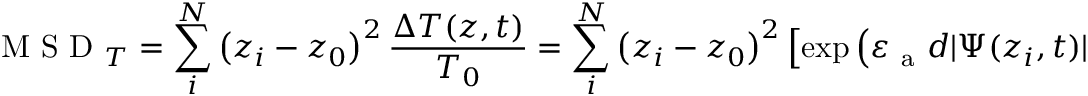
\mathrm { ~ M ~ S ~ D ~ } _ { T } = \sum _ { i } ^ { N } \left( z _ { i } - z _ { 0 } \right) ^ { 2 } \frac { \Delta T ( z , t ) } { T _ { 0 } } = \sum _ { i } ^ { N } \left( z _ { i } - z _ { 0 } \right) ^ { 2 } \left[ \exp { \left( \varepsilon _ { \mathrm { ~ a ~ } } d | \Psi ( z _ { i } , t ) | ^ { 2 } \right) } - 1 \right]